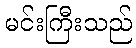
မင်းကြီးသည်